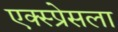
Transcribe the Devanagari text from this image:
एक्स्प्रेसला